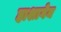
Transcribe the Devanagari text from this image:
हाशागेन